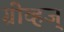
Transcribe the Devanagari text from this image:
ग्रीव्हज्